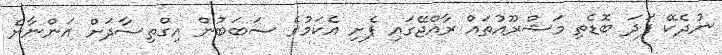
ނުދެކޭ ފަދަ ބޮޑެތި މަޝްރޫއުތައް ރާއްޖޭގައި ފެށި އެކަމުގެ ސަބަބުން އިގްތިސާދަށް އަންނާނެ